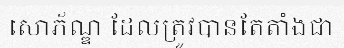
សោភ័ណ្ឌ ដែលត្រូវបានតែតាំងជា